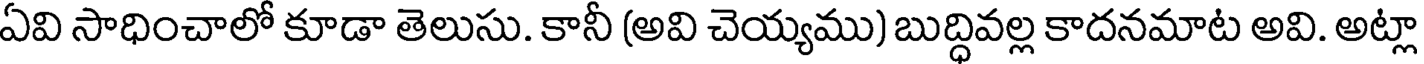
ఏవి సాధించాలో కూడా తెలుసు. కానీ (అవి చెయ్యము) బుద్ధివల్ల కాదనమాట అవి. అట్లా